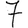
Digit: 7